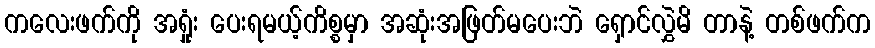
ကလေးဖက်ကို အရှုံး ပေးရမယ့်ကိစ္စမှာ အဆုံးအဖြတ်မပေးဘဲ ရှောင်လွှဲမိ တာနဲ့ တစ်ဖက်က